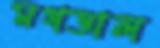
মগডাল